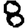
Digit: 8